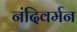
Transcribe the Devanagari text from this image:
नंदिवर्मन